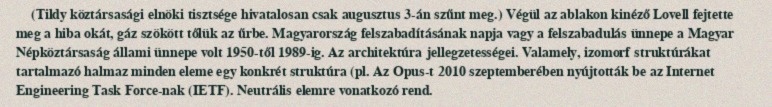
(Tildy köztársasági elnöki tisztsége hivatalosan csak augusztus 3-án szűnt meg.) Végül az ablakon kinéző Lovell fejtette meg a hiba okát, gáz szökött tőlük az űrbe. Magyarország felszabadításának napja vagy a felszabadulás ünnepe a Magyar Népköztársaság állami ünnepe volt 1950-től 1989-ig. Az architektúra jellegzetességei. Valamely, izomorf struktúrákat tartalmazó halmaz minden eleme egy konkrét struktúra (pl. Az Opus-t 2010 szeptemberében nyújtották be az Internet Engineering Task Force-nak (IETF). Neutrális elemre vonatkozó rend.